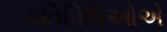
ગતિવિધિઓએ